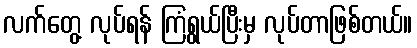
လက်တွေ့ လုပ်ရန် ကြံရွယ်ပြီးမှ လုပ်တာဖြစ်တယ်။